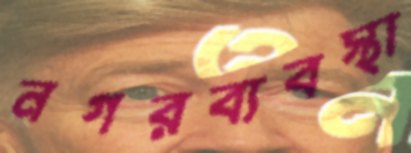
নগরব্যবস্থা